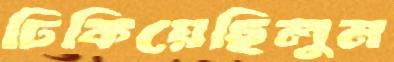
ঢিকিয়েছিলুম